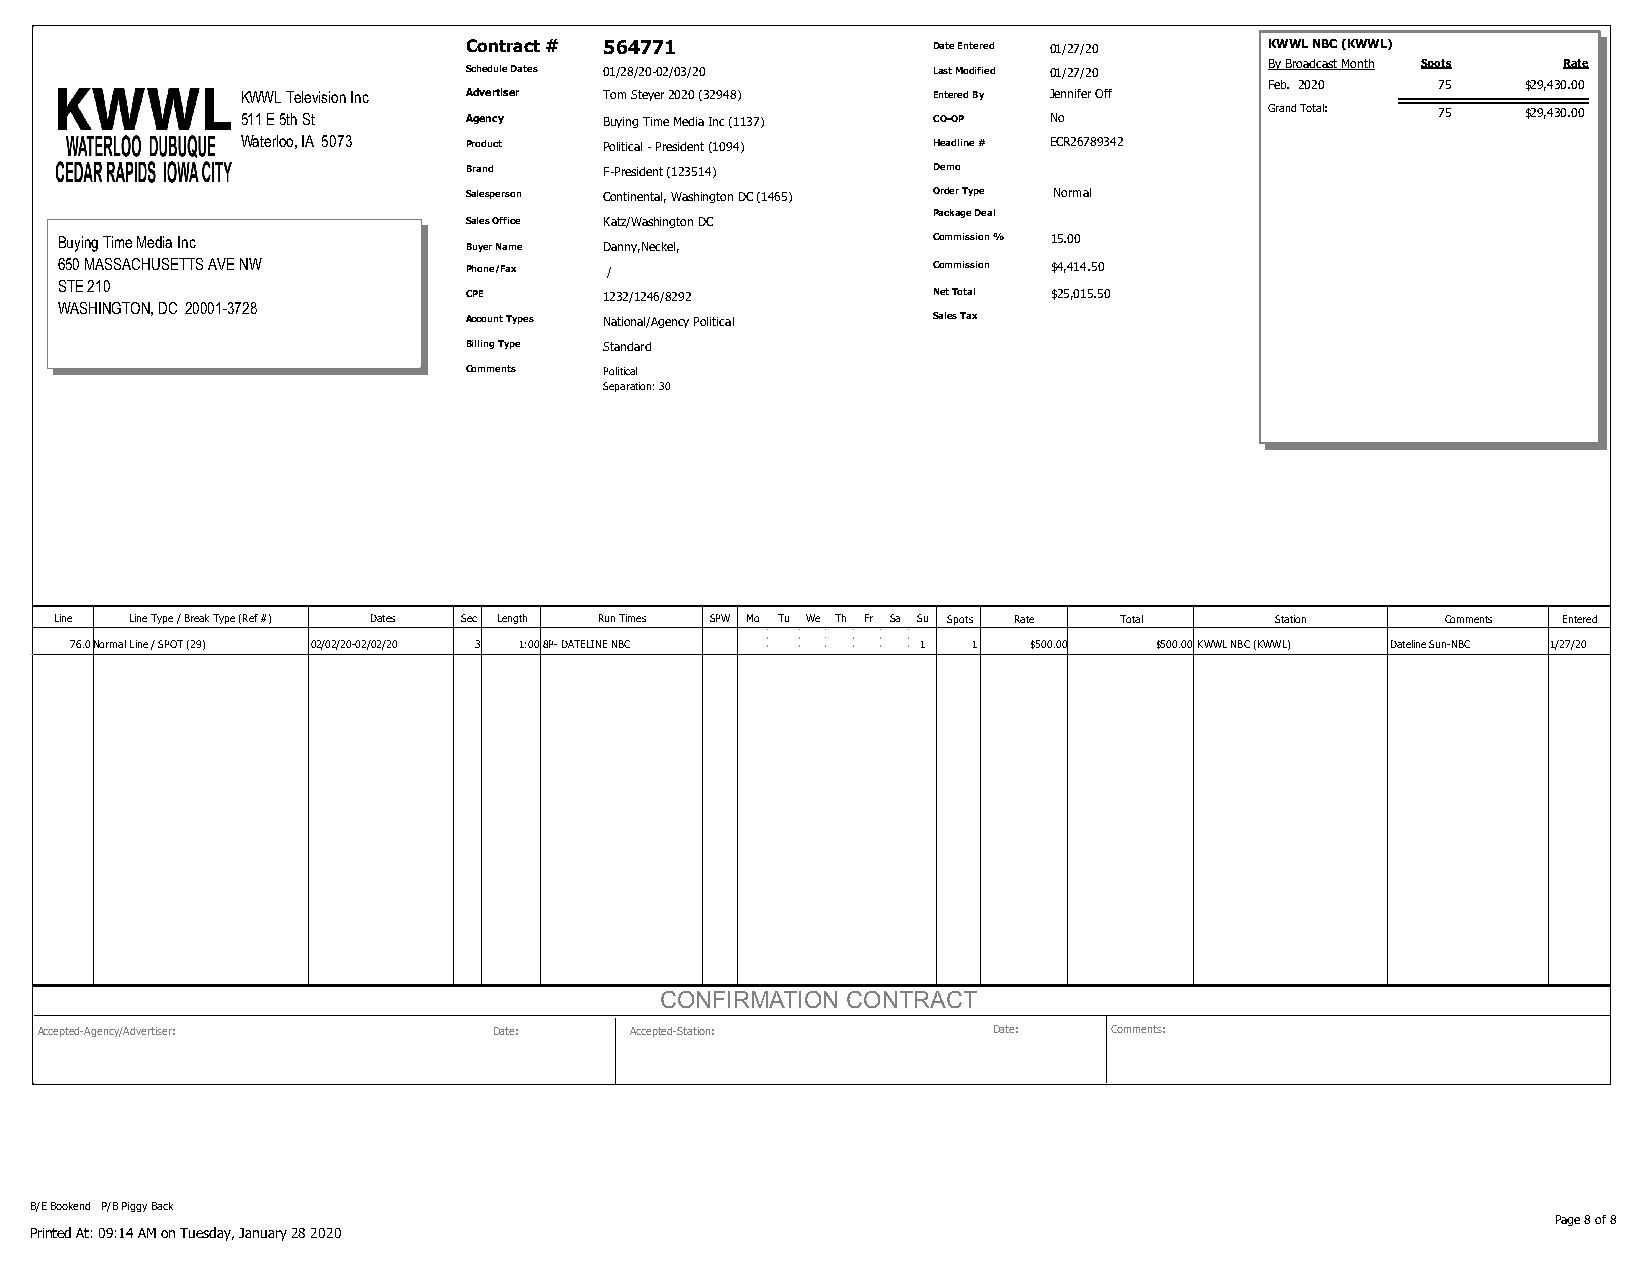
Contract # 564771              Date Entered 01/27/20 KWWL NBC (KWWL)
 By Broadcast Month Spots Rate
 Schedule Dates 01/28/20-02/03/20 Last Modified 01/27/20
 Feb. 2020  75    $29,430.00
 KWWL Television Inc Advertiser Tom Steyer 2020 (32948) Entered By Jennifer Off
 511 E 5th St   Agency   Buying Time Media Inc (1137) CO-OP No       Grand Total: 75  $29,430.00
 Waterloo, IA 5073 Product Political - President (1094) Headline # ECR26789342
 Brand    F-President (123514)  Demo
 Salesperson Continental, Washington DC (1465) Order Type Normal
 Package Deal
 Sales Office Katz/Washington DC
 Buying Time Media Inc      Buyer Name Danny,Neckel,       Commission % 15.00
 650 MASSACHUSETTS AVE NW   Phone/Fax /                    Commission $4,414.50
 STE 210
 CPE      1232/1246/8292        Net Total $25,015.50
 WASHINGTON, DC 20001-3728
 Account Types National/Agency Political Sales Tax
 Billing Type Standard
 Comments Political
 Separation: 30
 Line Line Type / Break Type (Ref #) Dates Sec Length Run Times SPW Mo Tu We Th Fr Sa Su Spots Rate Total Station Comments Entered
 76.0Normal Line / SPOT (29) 02/02/20-02/02/20 3 1:008P- DATELINE NBC 1 1 $500.00 $500.00KWWL NBC (KWWL) Dateline Sun-NBC 1/27/20
 CONFIRMATION CONTRACT
 Accepted-Agency/Advertiser:   Date:    Accepted-Station:       Date:   Comments:
 B/E Bookend P/B Piggy Back
 Page 8 of 8
 Printed At: 09:14 AM on Tuesday, January 28 2020